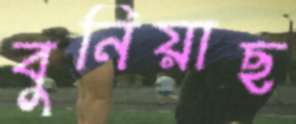
বুনিয়াছ